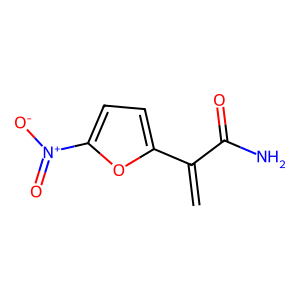
SMILES: C=C(C(N)=O)c1ccc([N+](=O)[O-])o1
Inhibits HIV replication: No